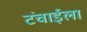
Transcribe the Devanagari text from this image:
टंचाईला